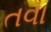
તવા